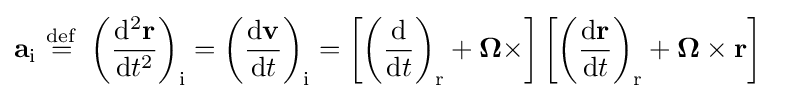
\mathbf {a} _{\mathrm {i} }\ {\stackrel {\mathrm {def} }{=}}\ \left({\frac {\mathrm {d} ^{2}\mathbf {r} }{\mathrm {d} t^{2}}}\right)_{\mathrm {i} }=\left({\frac {\mathrm {d} \mathbf {v} }{\mathrm {d} t}}\right)_{\mathrm {i} }=\left[\left({\frac {\mathrm {d} }{\mathrm {d} t}}\right)_{\mathrm {r} }+{\boldsymbol {\Omega }}\times \right]\left[\left({\frac {\mathrm {d} \mathbf {r} }{\mathrm {d} t}}\right)_{\mathrm {r} }+{\boldsymbol {\Omega }}\times \mathbf {r} \right]\